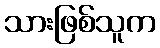
သားဖြစ်သူက